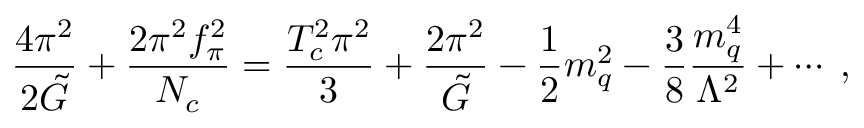
{ \frac { 4 \pi ^ { 2 } } { 2 \tilde { G } } } + { \frac { 2 \pi ^ { 2 } f _ { \pi } ^ { 2 } } { N _ { c } } } = { \frac { T _ { c } ^ { 2 } \pi ^ { 2 } } { 3 } } + { \frac { 2 \pi ^ { 2 } } { \tilde { G } } } - { \frac { 1 } { 2 } } m _ { q } ^ { 2 } - { \frac { 3 } { 8 } } { \frac { m _ { q } ^ { 4 } } { \Lambda ^ { 2 } } } + \cdots \; ,